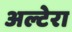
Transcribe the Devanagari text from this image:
अल्टेरा